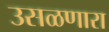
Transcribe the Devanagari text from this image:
उसळणारा